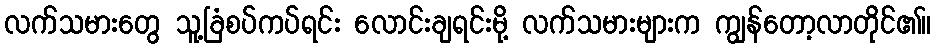
လက်သမားတွေ သူ့ခြံစပ်ကပ်ရင်း လောင်းချရင်းမို့ လက်သမားများက ကျွန်တော့လာတိုင်၏။